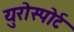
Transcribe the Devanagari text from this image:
युरोस्पोर्ट